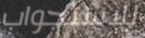
للاستجواب